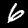
Digit: 6